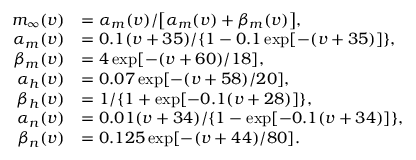
\begin{array} { r l } { m _ { \infty } ( v ) } & { = \alpha _ { m } ( v ) / \big [ \alpha _ { m } ( v ) + \beta _ { m } ( v ) \big ] , } \\ { \alpha _ { m } ( v ) } & { = 0 . 1 ( v + 3 5 ) / \{ 1 - 0 . 1 \exp [ - ( v + 3 5 ) ] \} , } \\ { \beta _ { m } ( v ) } & { = 4 \exp [ - ( v + 6 0 ) / 1 8 ] , } \\ { \alpha _ { h } ( v ) } & { = 0 . 0 7 \exp [ - ( v + 5 8 ) / 2 0 ] , } \\ { \beta _ { h } ( v ) } & { = 1 / \{ 1 + \exp [ - 0 . 1 ( v + 2 8 ) ] \} , } \\ { \alpha _ { n } ( v ) } & { = 0 . 0 1 ( v + 3 4 ) / \{ 1 - \exp [ - 0 . 1 ( v + 3 4 ) ] \} , } \\ { \beta _ { n } ( v ) } & { = 0 . 1 2 5 \exp [ - ( v + 4 4 ) / 8 0 ] . } \end{array}